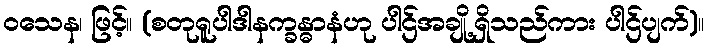
ဝသေန၊ ဖြင့်။ (စတုရူပါဒါနက္ခန္ဓာနံဟု ပါဌ်အချို့ရှိသည်ကား ပါဌ်ပျက်)။